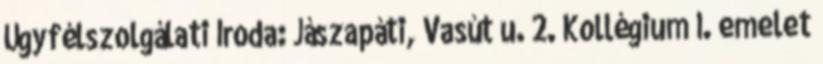
Ügyfélszolgálati Iroda: Jászapáti, Vasút u. 2. Kollégium I. emelet